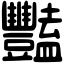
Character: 豔